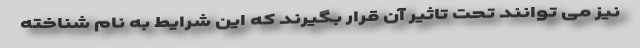
نیز می توانند تحت تاثیر آن قرار بگیرند که این شرایط به نام شناخته